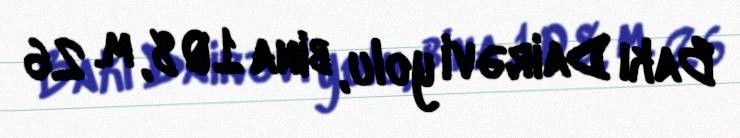
Bakı Dairəvi yolu, bina 108, m. 26